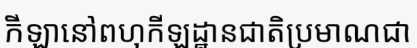
កីឡានៅពហុកីឡដ្ឋានជាតិប្រមាណជា